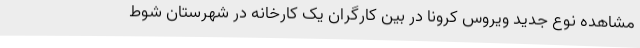
مشاهده نوع جدید ویروس کرونا در بین کارگران یک کارخانه در شهرستان شوط